Vaccination United Provinces of Agra and Oudh 1902-1913 - 1902-1913
Year: 1902
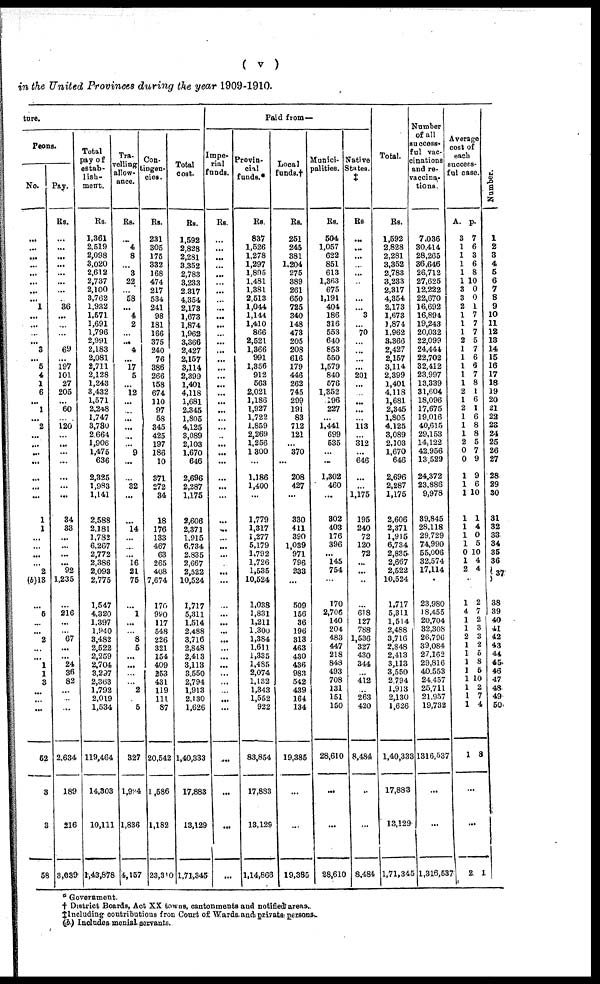
( v )
in the United Provinces during the year 1909-1910.
ture.
Peons.
No.
...
...
...
...
...
...
...
...
1
...
...
...
...
3
...
5
4
1
6
...
1
...
2
...
...
...
...
...
...
...
1
1
...
...
...
...
2
(b)13
...
5
...
...
2
...
...
1
1
3
...
...
...
52
3
3
58
Pay.
Rs.
...
...
...
...
...
...
...
...
36
...
...
...
...
69
...
197
101
27
205
...
60
...
120
...
...
...
...
...
...
...
34
33
...
...
...
...
92
1,235
...
216
...
...
67
...
...
24
36
82
...
...
...
2,634
189
216
3,039
Total
pay of
estab-
lish-
ment.
Rs.
1,361
2,519
2,098
3,020
2,612
2,737
2,100
3,762
1,932
1,571
1,691
1,796
2,991
2,183
2,081
2,711
2,128
1,243
3,432
1,571
2,248
1,747
3,780
2,664
1,906
1,475
636
2,325
1,983
1,141
2,588
2,181
1,782
6,267
2,772
2,386
2,093
2,775
1,547
4,320
1,397
1,940
3,482
2,522
2,259
2,704
3,297
2,363
1,792
2,019
1,534
119,464
14,303
10,111
1,43,878
Tra-
velling
allow-
ance.
Rs.
...
4
8
...
3
22
...
58
...
4
2
...
...
4
...
17
5
...
12
...
...
...
...
...
...
9
...
...
32
...
...
14
...
...
...
16
21
75
...
1
...
...
8
5
...
...
...
...
2
5
327
1,994
1,836
4,157
Con-
tingen-
cies.
Rs.
231
305
175
332
168
474
217
534
241
98
181
166
375
240
76
386
266
158
674
110
97
58
345
425
197
186
10
371
272
34
18
176
133
467
63
265
408
7,674
170
990
117
548
226
321
154
409
253
431
119
111
87
20,542
1,586
1,182
23,310
Total
cost.
Rs.
1,592
2,828
2,281
3,352
2,783
3,233
2,317
4,354
2,173
1,673
1,874
1,962
3,366
2,427
2,157
3,114
2,399
1,401
4,118
1,681
2,345
1,805
4,125
3,089
2,103
1,670
646
2,696
2,287
1,175
2,606
2,371
1,915
6,734
2,835
2,667
2,522
10,524
1,717
5,311
1,514
2,488
3,716
2,848
2,413
3,113
3,550
2,794
1,913
2,130
1,626
1,40,333
17,883
13,129
1,71,345
Paid from—
Impe-
rial
funds.
Rs.
...
...
...
...
...
...
...
...
...
...
...
...
...
...
...
...
...
...
...
...
...
...
...
...
...
...
...
...
...
...
...
...
...
...
...
...
...
...
...
...
...
...
...
...
...
...
...
...
...
...
...
...
...
...
...
Provin-
cial
funds.*
Rs.
837
1,526
1,278
1,297
1,895
1,481
1,381
2,513
1,044
1,144
1,410
866
2,521
1,366
991
1,356
912
563
2,021
1,186
1,927
1,722
1,859
2,269
1,256
1,300
...
1,186
1,400
...
1,779
1,317
1,277
5,179
1,792
1,726
1,535
10,524
1,038
1,831
1,211
1,300
1,384
1,611
1,335
1,485
2,074
1,132
1,343
1,552
922
83,854
17,883
13,129
1,14,866
Local
funds.†
Rs.
251
245
381
1,204
275
389
261
650
725
340
148
473
205
208
616
179
446
262
745
299
191
83
712
121
...
370
...
208
427
...
330
411
390
1,039
971
796
233
...
509
156
36
196
313
463
430
436
983
542
439
164
134
19,385
...
...
19,385
Munici-
palities.
Rs.
504
1,057
622
851
613
1,363
675
1,191
404
186
316
553
640
853
550
1,579
840
576
1,352
196
227
...
1,441
699
535
...
...
1,302
460
...
302
403
176
396
...
145
754
...
170
2,706
140
204
483
447
218
848
493
708
131
151
150
28,610
...
...
28,610
Native
States.
‡
Rs.
...
...
...
...
...
...
...
...
...
3
...
70
...
...
...
...
201
...
...
...
...
...
113
...
312
...
646
...
...
1,175
195
240
72
120
72
...
...
...
...
618
127
788
1,536
327
430
344
...
412
...
263
420
8,484
...
...
8,484
Total.
Rs.
1,592
2,828
2,281
3,352
2,783
3,233
2,317
4,354
2,173
1,673
1,874
1,962
3,366
2,427
2,157
3,114
2,399
1,401
4,118
1,681
2,345
1,805
4,125
3,089
2,103
1,670
646
2,696
2,287
1,175
2,606
2,371
1,915
6,734
2,835
2,667
2,522
10,524
1,717
5,311
1,514
2,488
3,716
2,848
2,413
3,113
3,550
2,794
1,913
2,130
1,626
1,40,333
17,883
13,129
1,71,345
Number
of all
success-
ful vac-
cinations
and re-
vaccina-
tions.
7,036
30,414
28,265
36,646
26,712
27,625
12,222
22,670
16,692
16,894
19,243
20,032
22,099
24,444
22,702
32,412
23,997
13,339
31,604
18,096
17,675
19,016
40,615
29,153
14,122
42,956
13,529
24,372
23,886
9,978
39,845
28,118
29,729
74,990
55,006
32,574
17,114
23,980
18,455
20,704
32,308
26,796
39,084
27,162
29,816
40,553
24,457
25,711
21,957
19,732
1316,537
...
...
1,316,537
Average
cost of
each
success-
ful case.
A.
3
1
1
1
1
1
3
3
2
1
1
1
2
1
1
1
1
1
2
1
2
1
1
1
2
0
0
1
1
1
1
1
1
1
0
1
2
1
4
1
1
2
1
1
1
1
1
1
1
1
1
p.
7
6
3
6
8
10
0
0
1
7
7
7
5
7
6
6
7
8
1
6
1
6
8
8
5
7
9
9
6
10
1
4
0
5
10
4
4
2
7
2
3
3
2
5
8
5
10
2
7
4
8
...
...
2 1
Number.
1
2
3
4
5
6
7
8
9
10
11
12
13
14
15
16
17
18
19
20
21
22
23
24
25
26
27
28
29
30
31
32
33
34
35
36
37
38
39
40
41
42
43
44
45
46
47
48
49
50
Government.
† District Boards, Act XX towns, cantonments and notified areas.
‡ Including contributions from Court of Wards and private persons.
(b) Includes menial servants.